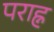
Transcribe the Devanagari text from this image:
पराह्न